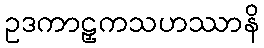
ဥဒကာဠှကသဟဿာနိ